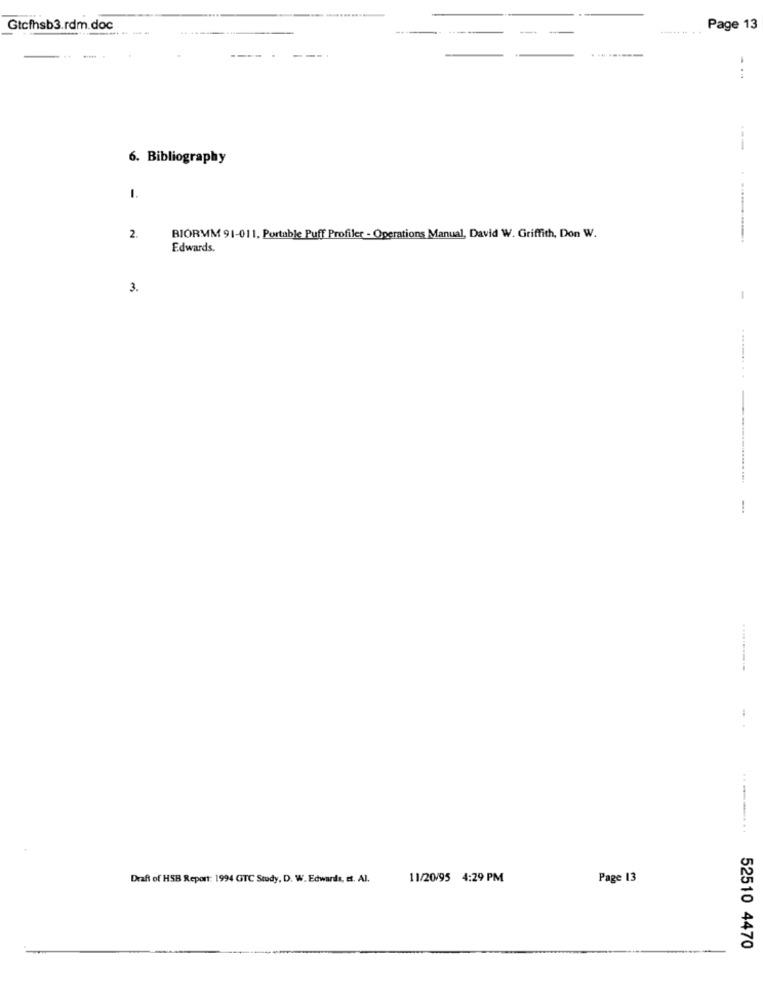
Gtcfhsb3.rdm.doc
----
---
Page 13
.. -
...
6. Bibliography
1.
2.
BIORMM 91-011. Portable Puff Profiler - Operations Manual, David W. Griffith, Don W.
Edwards.
3.
-
----...
Draft of HSB Report: 1994 GTC Study, D. W. Edwards, et. Al.
11/20/95 4:29 PM
Page 13
52510 4470